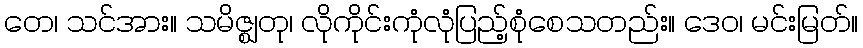
တေ၊ သင်အား။ သမိဇ္ဈတု၊ လိုကိုင်းကုံလုံပြည့်စုံစေသတည်း။ ဒေဝ၊ မင်းမြတ်။